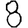
Digit: 8